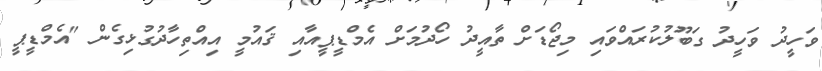
ވަހީދު ވަހީދު ގަބޫލުކުރައްވައި މިޖޯޑަށް ތާއީދު ހޯދުމަށް އެމްޑީޕީއާއި ޤައުމީ އިއްތިހާދުގުޅިގެން "އެމްޑީޕީ